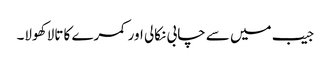
جیب میں سے چابی نکالی اور کمرے کا تالا کھولا۔